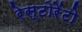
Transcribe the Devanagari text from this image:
रेस्‍टोरेंटो